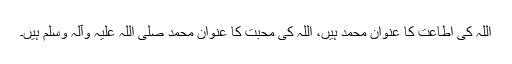
اللہ کی اطاعت کا عنوان محمد ہیں، اللہ کی محبت کا عنوان محمد صلی اللہ علیہ وآلہ وسلم ہیں۔